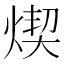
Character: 𤋸